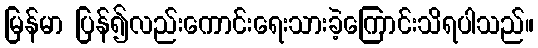
မြန်မာ ပြန်၍လည်းကောင်းရေးသားခဲ့ကြောင်းသိရပါသည်။